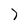
Character: 7